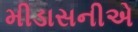
મીડાસનીએ